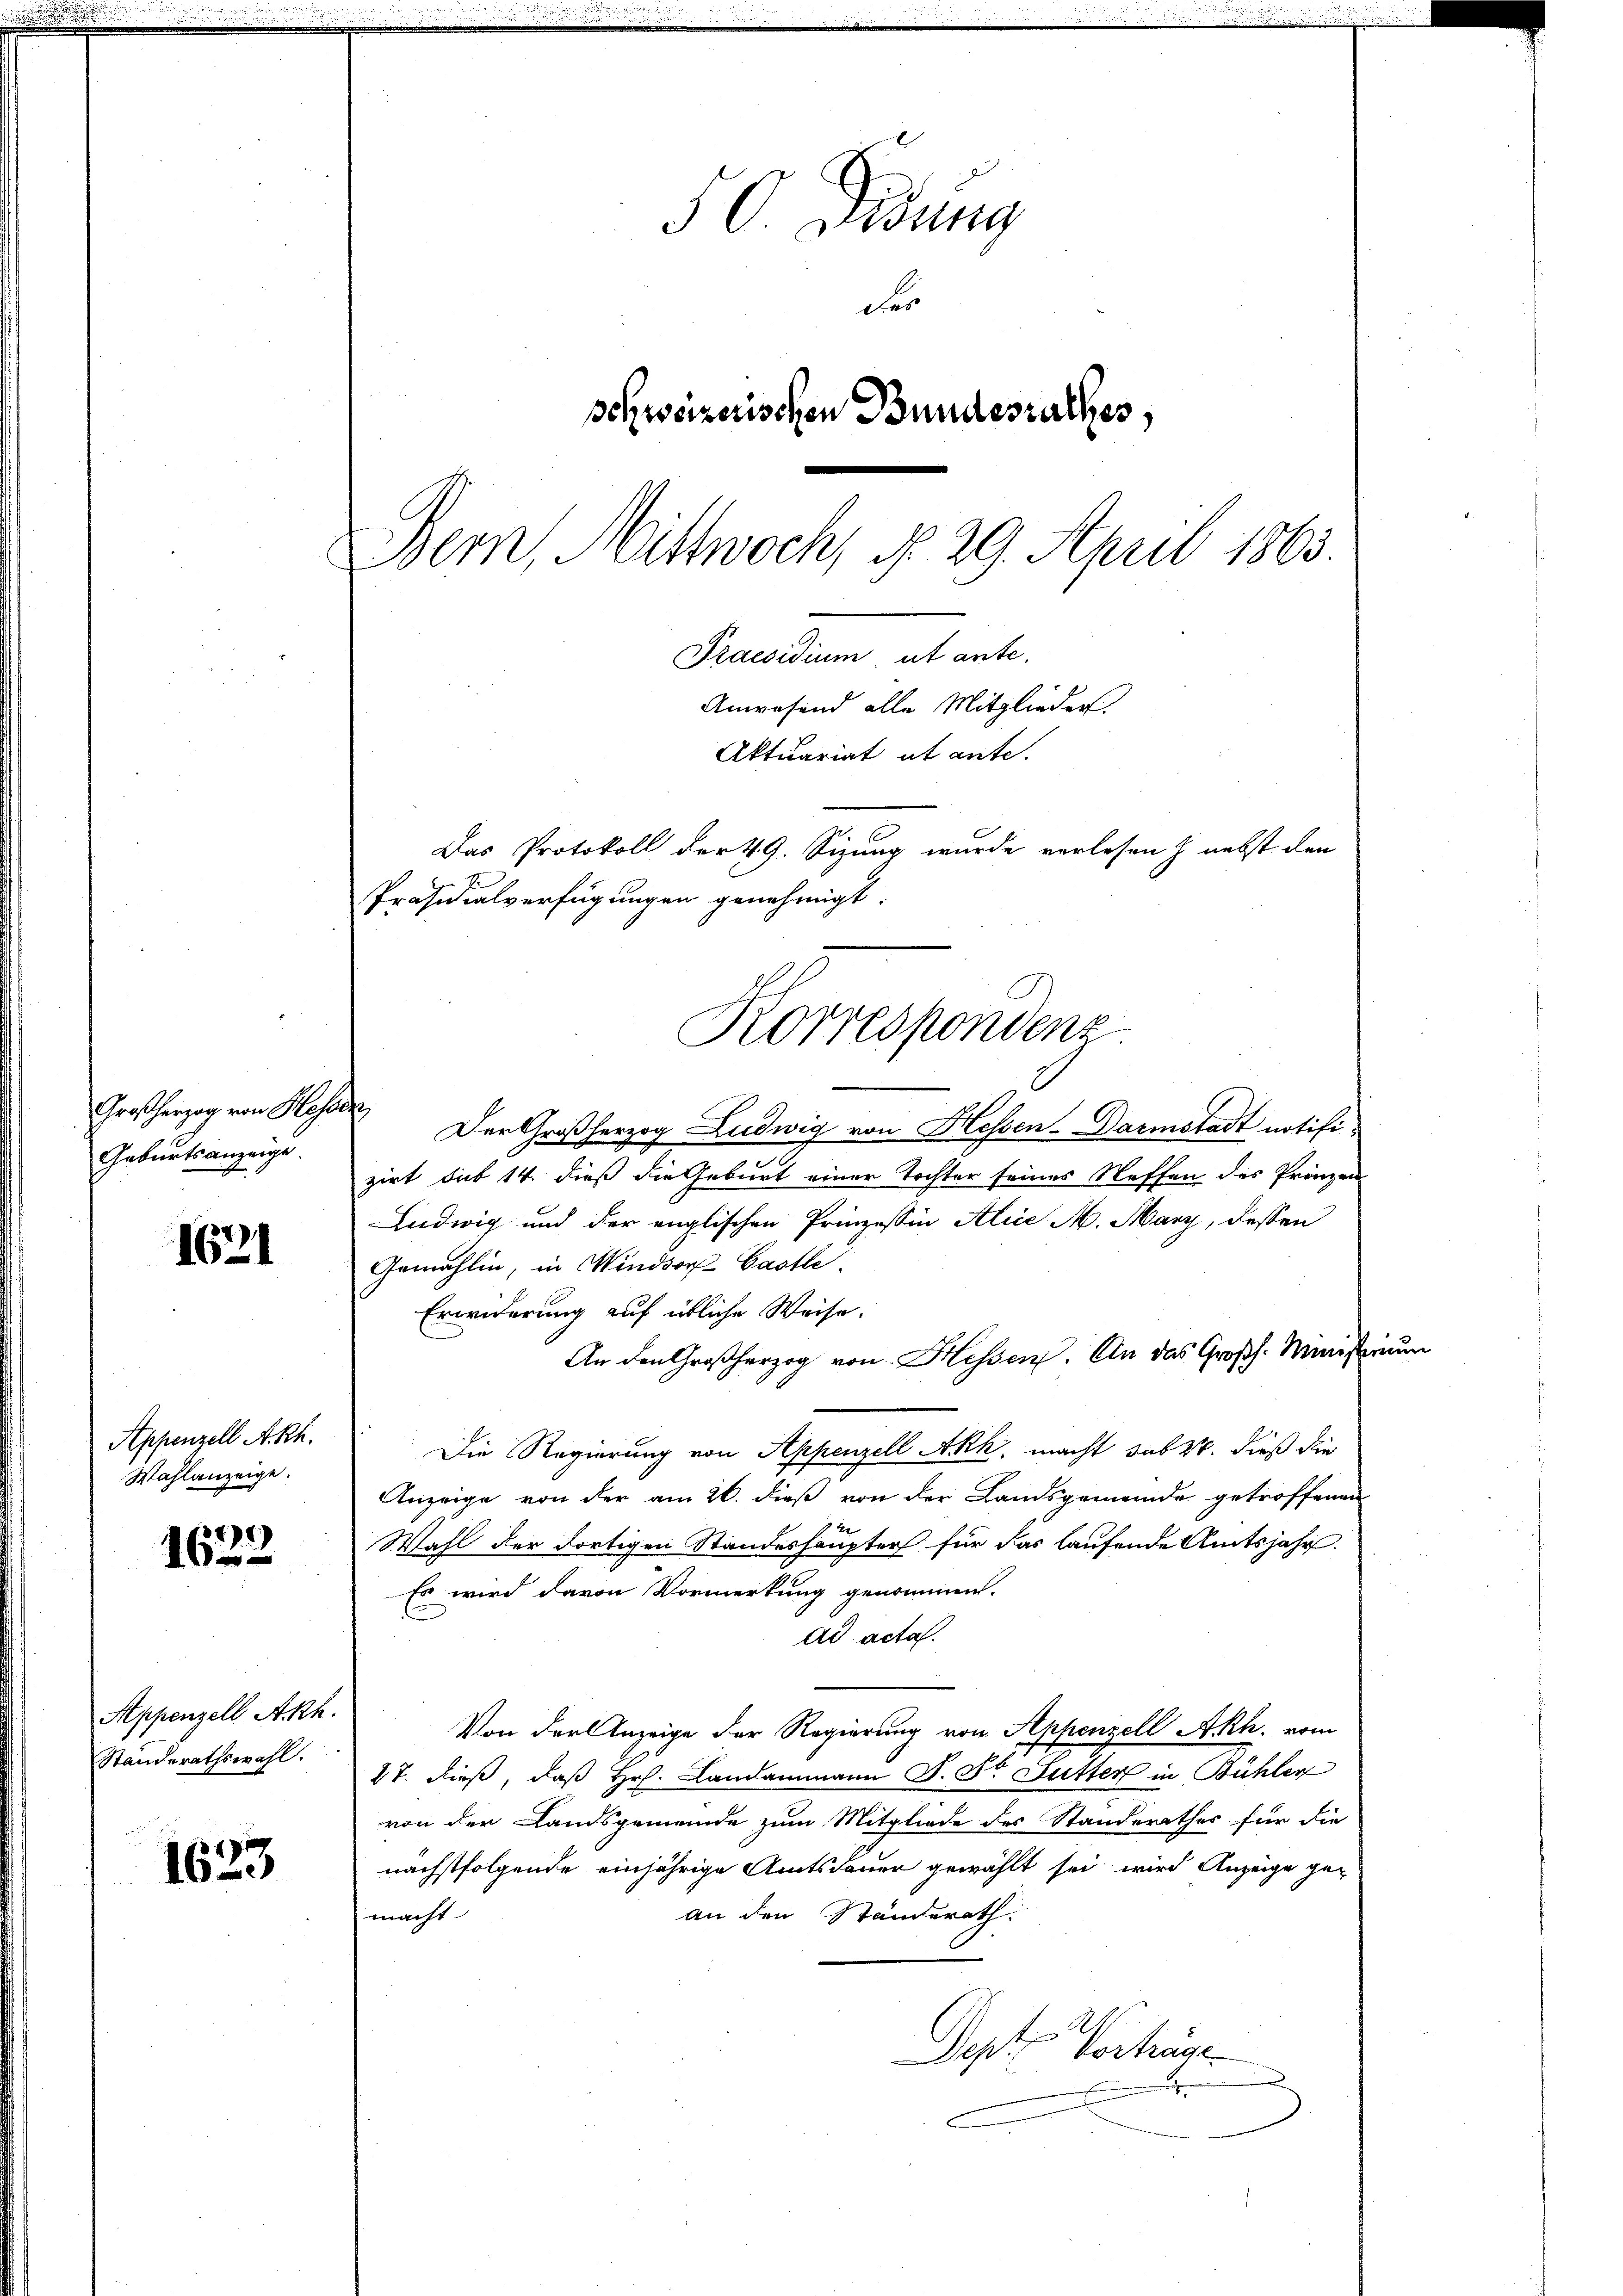
Großherzog von Hesse
Geburtsanzeige

1621

Appenzell A.Rh.
Wahlanzeige.

31)
16.

Appenzell Akh.
Standerathswahl.

1623

50 gesung
der
schweizerischen Bundesrathes,
Bern, Mittwoch, d. 29. April 1863.
Praesidium ut ante,

Anwesend alle Mitglieder.
Aktuariat et ante.
Das Protokoll der 49. Sizung wurde verlesen & nebst den
Präsidialverfügungen genehmigt.

12
Der Großherzog Ludwig von Hessen-Darmstadt notifizirt sub 14. dieß die Geburt einer Tochter seines Neffen des Prinzen
Ludwig und der englischen Prinzessin Alice A. Mary, dessen
Gemählin, in Windsor Castle
Erwiderung auf übliche Weise.
An den Großherzog von Hessen. An das Großh. Ministrinum
Die Regierung von Appenzell Akk, macht sub 27. dieß die
Anzeige von der am 26. dieß von der Landsgemeinde getroffenen
Wahl der dortigen Standeshaupter für das laufende Amtsjahr
Es wird davon Vormerkung genommen.
Ad acta.
Von der Anzeige der Regierung von Anhenzell Akh. vom
27. dieß, daß Hr. Landammann J. St. Lutter in Bühler
von der Landsgemeinde zum Mitgliede des Standerathes für die
nächstfolgende einjährige Amtsdauer gewählt sei, wird Anzeige ge-
an den Ständerath.
macht
Dept Vorträge

Korrespondenz